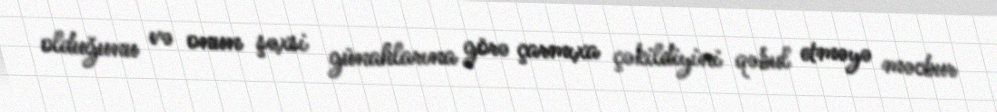
olduğunu və onun şəxsi günahlarına görə çarmıxa çəkildiyini qəbul etməyə məcbur